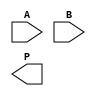
module dadda_multiplier #(parameter n = 4) (
    input  wire [n-1:0] A, // First operand
    input  wire [n-1:0] B, // Second operand
    output wire [2*n-1:0] P // Product output
);

    // Intermediate signals for partial products
    wire [n-1:0] pp [0:n-1]; // Array of partial products

    // Generate partial products
    genvar i, j;
    generate
        for (i = 0; i < n; i = i + 1) begin : partial_product
            for (j = 0; j < n; j = j + 1) begin : pp_gen
                assign pp[i][j] = A[i] & B[j];
            end
        end
    endgenerate

    // Dadda Reduction Tree
    wire [2*n-1:0] sum [0:2*n-1];
    wire [2*n-1:0] carry [0:2*n-1];

    // Stage vectors
    wire [2*n-1:0] stage1 [0:n/3 + 1];
    wire [2*n-1:0] stage2 [0:n/3 + 1];
    wire [2*n-1:0] stage3;

    // Initial partial products
    assign stage1[0] = pp[0][0]; // First row is directly assigned
    generate
        for (i = 1; i < n; i = i + 1) begin: stage1_gen
            assign stage1[i] = pp[i];
        end
    endgenerate

    // Dadda reduction stages
    // Combining logic (example for stage 1)
    generate
        // Stage 1: Combine 3 partial products
        for (i = 0; i < n; i = i + 3) begin : stage1_combination
            if (i < n) begin
                assign {carry[i], sum[i]} = (i + 1 < n) ? {1'b0, stage1[i]} + {1'b0, stage1[i + 1]} : {1'b0, stage1[i]};
            end
            if (i + 2 < n) begin
                assign {carry[i + 1], sum[i + 1]} = sum[i] + stage1[i + 2];
            end
        end
    endgenerate

    // Repeat combination for the following stages
    // Note: The following stages need to be implemented to reduce down to final results
    // ...
    
    // Final Addition
    assign P = stage3; // Assuming stage3 holds the final product from the reduction tree

endmodule